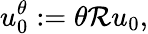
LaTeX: u_{0}^{\theta}:=\theta\mathcal{R}u_{0},